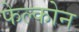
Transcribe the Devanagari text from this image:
फेल्कोन